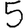
Digit: 5